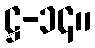
ဋ္ဌ-၁၄။